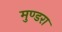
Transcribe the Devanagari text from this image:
मुण्डरा